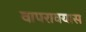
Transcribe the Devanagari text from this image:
वापरावयास